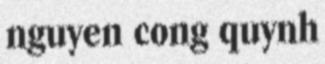
nguyen cong quynh